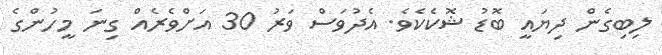
ލިބިގެން ދިޔައީ ބޮޑު ޝޮކެކެވެ. އެދުވަސް ވަރު 30 އަށްވެރެއް ގިނަ މީހުންގެ